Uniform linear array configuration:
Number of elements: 48
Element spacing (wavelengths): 0.75
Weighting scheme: binomial
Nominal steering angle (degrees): -60
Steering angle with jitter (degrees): -61.435
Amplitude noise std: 0.05
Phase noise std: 0.05

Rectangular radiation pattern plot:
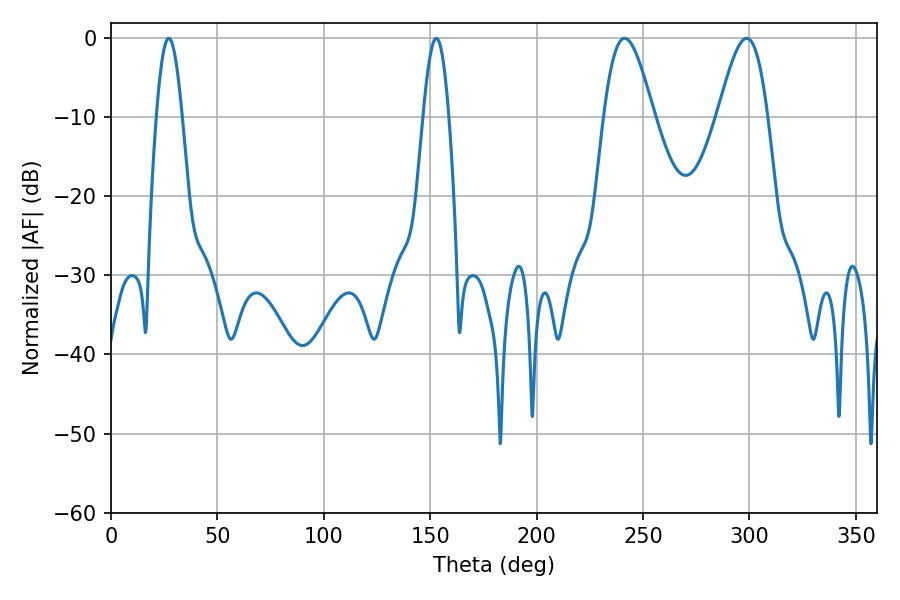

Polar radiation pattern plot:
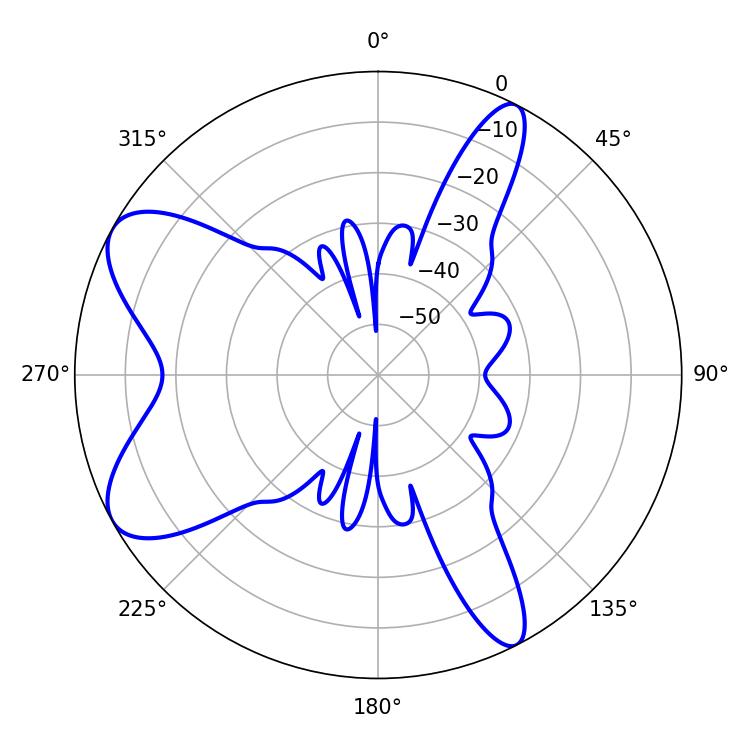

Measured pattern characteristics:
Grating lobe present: TRUE
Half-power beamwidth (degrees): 12.6
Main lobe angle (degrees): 241.38